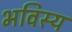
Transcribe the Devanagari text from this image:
भविस्य